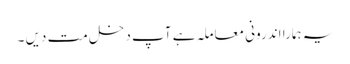
یہ ہمارا اندرونی معاملہ ہے آپ دخل مت دیں ۔